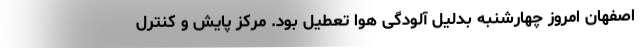
اصفهان امروز چهارشنبه بدلیل آلودگی هوا تعطیل بود. مرکز پایش و کنترل